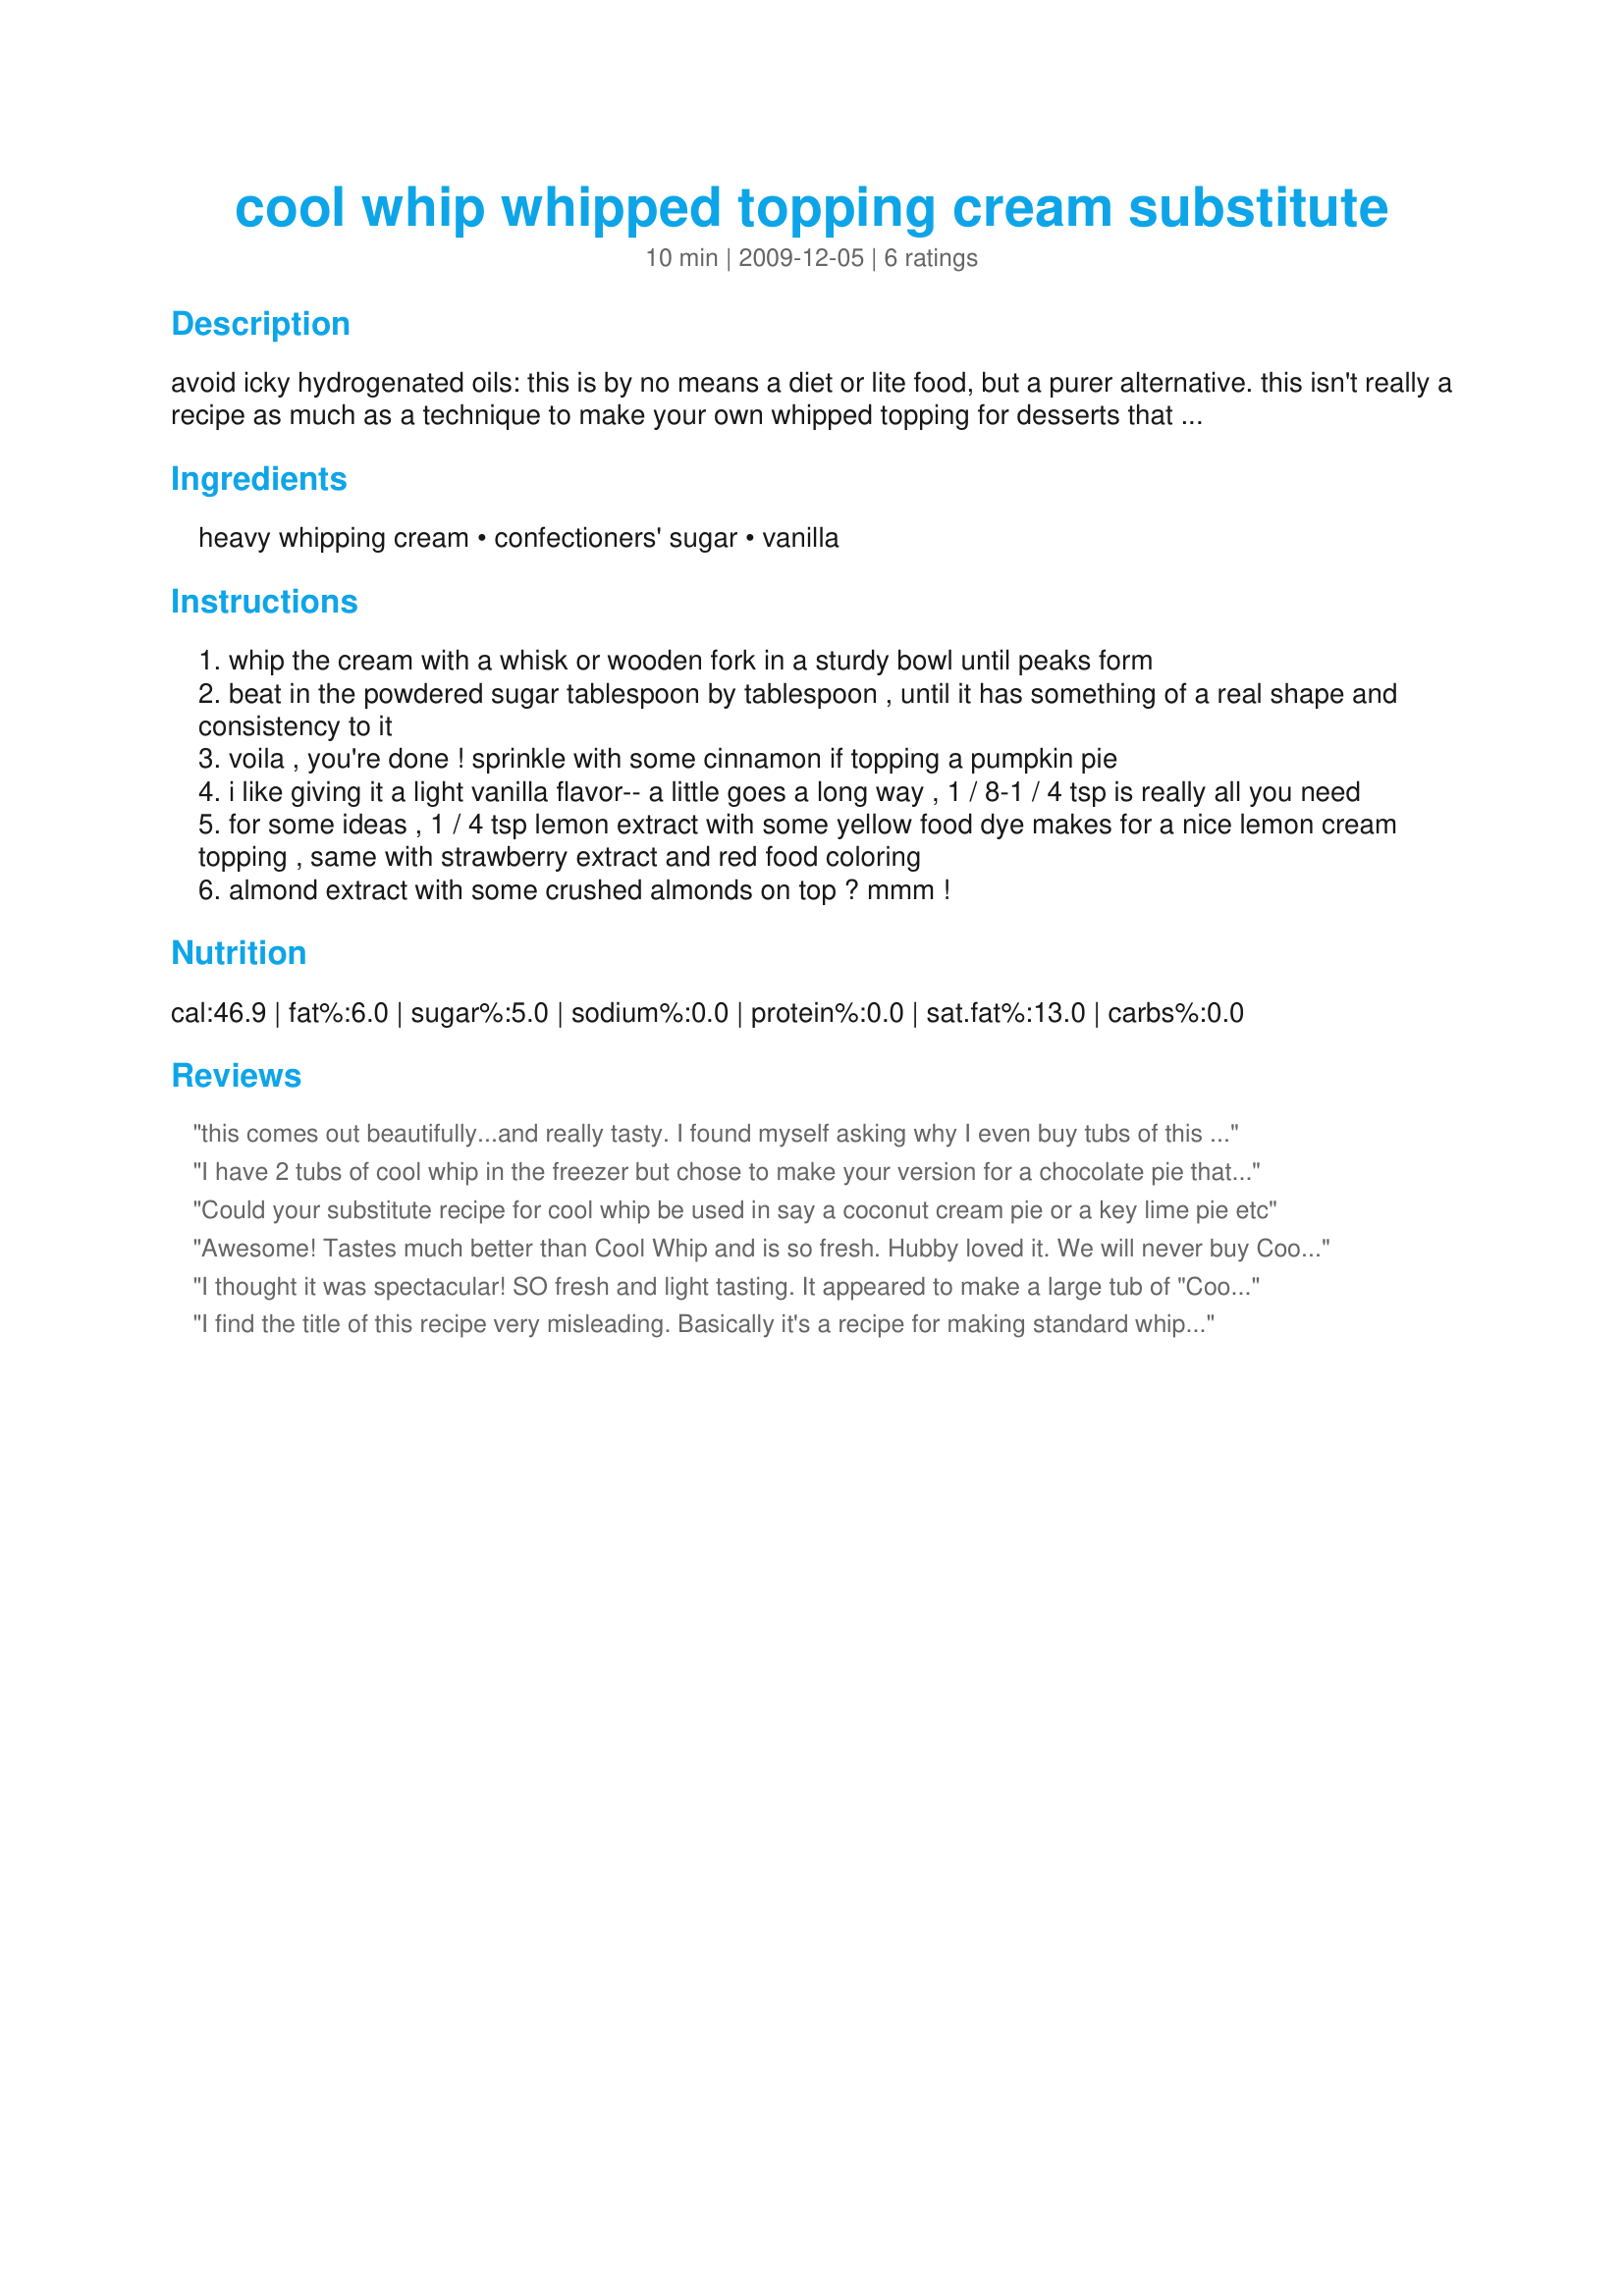
cool whip whipped topping cream substitute
Preparation time: 10 minutes

avoid icky hydrogenated oils: this is by no means a diet or lite food, but a purer alternative. this isn't really a recipe as much as a technique to make your own whipped topping for desserts that call for it, such as pies, dessert pizzas, etc. serving size is 1 tbsp

Ingredients:
heavy whipping cream, confectioners' sugar, vanilla

Steps:
whip the cream with a whisk or wooden fork in a sturdy bowl until peaks form
beat in the powdered sugar tablespoon by tablespoon , until it has something of a real shape and consistency to it
voila , you're done ! sprinkle with some cinnamon if topping a pumpkin pie
i like giving it a light vanilla flavor-- a little goes a long way , 1 / 8-1 / 4 tsp is really all you need
for some ideas , 1 / 4 tsp lemon extract with some yellow food dye makes for a nice lemon cream topping , same with strawberry extract and red food coloring
almond extract with some crushed almonds on top ? mmm !

Reviews:
this comes out beautifully...and really tasty. I found myself asking why I even buy tubs of this when it's so easy!!!
I have 2 tubs of cool whip in the freezer but chose to make your version for a chocolate pie that my hubby was taking to his work&#039;s Christmas party, I am very happy that I opted to make yours as everyone loved it!! As another reviewer stated, it is very light and refreshing, also it&#039;s definitely better tasting than the chemically added store brands. I like the idea of adding a touch of vanilla to it also. Thank you so much for posting this recipe!!
Could your substitute recipe for cool whip be used in say a coconut cream pie or a key lime pie etc
Awesome! Tastes much better than Cool Whip and is so fresh. Hubby loved it. We will never buy Cool Whip again. Definitely the recipe I will use for dessert toppings from now on. Cant wait to experiment with adding other flavorings. Thanks again for posting!!
I thought it was spectacular! SO fresh and light tasting. It appeared to make a large tub of "Cool Whip", I suppose 16oz. Thank You for posting 80's.
I find the title of this recipe very misleading. Basically it's a recipe for making standard whipped cream topping. A substitute for Cool Whip it is not! Cool Whip reacts very differently in most recipes. The chemicals and such in it make it very stable, so it doesn't turn back into liquid like whipped cream does when it gets folded into a dessert. If you plan on using this for a topping you will be fine. However if you are using this in a recipe that calls for cool whip as an ingredient rather than something spread on top, this will likely not produce the desired results at all :( Again this is plain old sweetened whipped cream.
